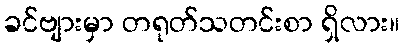
ခင်ဗျားမှာ တရုတ်သတင်းစာ ရှိလား။